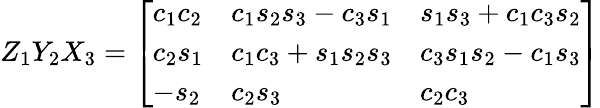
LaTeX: Z_{1}Y_{2}X_{3}={\left[\begin{array}{lll}{c_{1}c_{2}}&{c_{1}s_{2}s_{3}-c_{3}s_{1}}&{s_{1}s_{3}+c_{1}c_{3}s_{2}}\\ {c_{2}s_{1}}&{c_{1}c_{3}+s_{1}s_{2}s_{3}}&{c_{3}s_{1}s_{2}-c_{1}s_{3}}\\ {-s_{2}}&{c_{2}s_{3}}&{c_{2}c_{3}}\end{array}\right]}